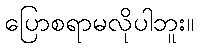
ပြောစရာမလိုပါဘူး။